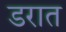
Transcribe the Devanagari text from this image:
डरात